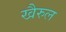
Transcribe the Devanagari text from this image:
खैरुल